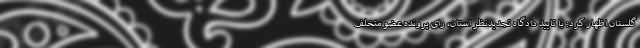
گلستان اظهار کرد: با تایید دادگاه تجدیدنظر استان، رای پرونده عضو متخلف